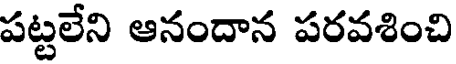
పట్టలేని ఆనందాన పరవశించి